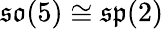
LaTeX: {\mathfrak{so}}(5)\cong{\mathfrak{sp}}(2)